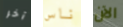
آخر ناس الآن